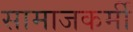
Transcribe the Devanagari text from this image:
सामाजकर्मी